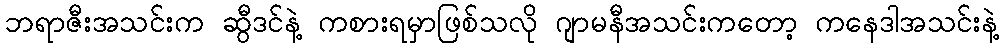
ဘရာဇီးအသင်းက ဆွီဒင်နဲ့ ကစားရမှာဖြစ်သလို ဂျာမနီအသင်းကတော့ ကနေဒါအသင်းနဲ့